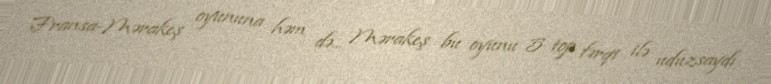
Fransa-Mərakeş oyununa həm də... Mərakeş bu oyunu 5 top fərqi ilə uduzsaydı